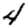
Digit: 4